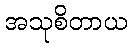
အသုစိတာယ